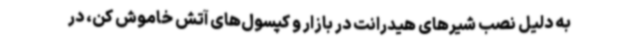
به دلیل نصب شیرهای هیدرانت در بازار و کپسول‌های آتش خاموش کن، در